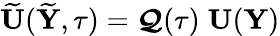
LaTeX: \widetilde{{\mathbf U}}(\widetilde{{\mathbf Y}},\tau)=\boldsymbol{\mathcal Q}(\tau)\; {\mathbf U}({\mathbf Y})